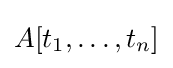
A[t_{1},\ldots ,t_{n}]